Lunatic asylums Central Provinces reports 1886-1894 - 1886-1894
Year: 1886
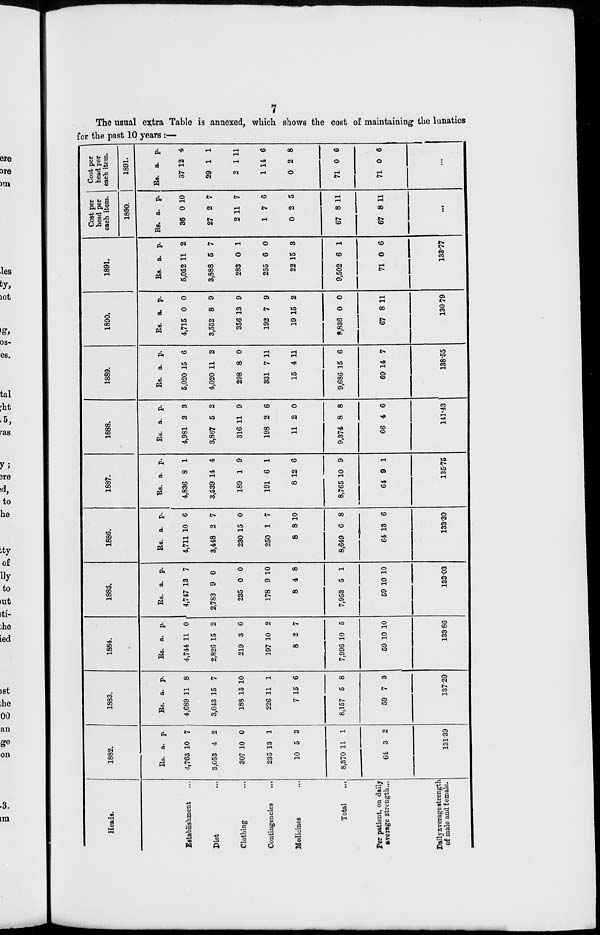
7
The usual extra Table is annexed, which shows the cost of maintaining the lunatics
for the past 10 years :—
Heads.
Establishment ...
Diet ...
Clothing ...
Contingencies
...
Medicines ...
Total ...
Per patient, on daily
average strength ...
Daily average strength
of male and female.
1882.
Rs.
4,763
3,053
307
235
10
8,370
64
a.
10
4
10
13
5
11
3
p.
7
2
0
1
3
1
2
131.39
1883.
Rs.
4,689
3,043
188
226
7
8,157
59
a.
11
15
15
11
15
5
7
p.
8
7
10
1
6
8
3
137.20
1884.
Rs.
4,744
2,826
219
197
8
7,996
59
a.
11
15
3
10
2
10
10
p.
0
2
6
2
7
5
10
133.86
1885.
Rs.
4,747
2,783
235
178
8
7,953
59
a.
13
9
0
9
4
5
10
p.
7
0
0
10
8
1
10
133.03
1886.
Rs.
4,711
3,448
230
250
8
8,649
64
a.
10
2
15
1
8
6
13
p.
6
7
0
7
10
8
6
133.39
1887.
Rs.
4,836
3,539
189
191
8
8,765
64
a.
8
14
1
6
12
10
9
p.
1
4
9
1
6
9
1
135.75
1888.
Rs.
4,981
3,867
316
198
11
9,374
66
a.
3
5
11
2
2
8
4
p.
3
2
9
6
0
8
6
141.43
1889.
Rs.
5,020
4,020
298
331
15
9,686
69
a.
15
11
8
7
4
15
14
p.
6
2
0
11
11
6
7
138.55
1890.
Rs.
4,715
3,552
356
192
19
8,836
67
a.
0
8
13
7
15
0
8
p.
0
9
9
9
2
0
11
130.79
1891.
Rs.
5,052
3,888
283
255
22
9,502
71
a.
11
5
0
6
15
6
0
p.
2
7
1
0
3
1
6
133.77
Cost per
head per
each item.
1890.
Rs.
36
27
2
1
0
67
67
a.
0
2
11
7
2
8
8
p.
10
7
7
6
5
11
11
...
Cost per
head per
each item.
1891.
Rs.
37
29
2
1
0
71
71
a.
12
1
1
14
2
0
0
p.
4
1
11
6
8
6
6
...